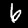
Digit: 6